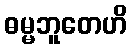
ဓမ္မဘူတေဟိ